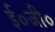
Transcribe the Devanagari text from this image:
ई०जी०